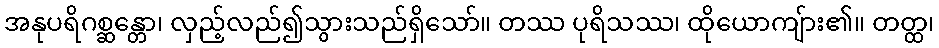
အနုပရိဂစ္ဆန္တော၊ လှည့်လည်၍သွားသည်ရှိသော်။ တဿ ပုရိသဿ၊ ထိုယောကျ်ား၏။ တတ္ထ၊